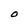
Character: O